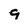
Character: g